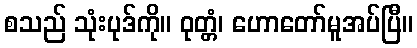
စသည် သုံးပုဒ်ကို။ ဝုတ္တံ၊ ဟောတော်မူအပ်ပြီ။